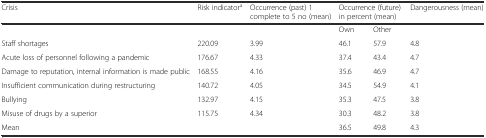
| Crisis | Risk indicatora | Occurrence (past) 1 complete to 5 no (mean) | <COLSPAN=2> Occurrence (future) in percent (mean) | Dangerousness (mean) |
 | --- | --- | --- | --- | --- | --- |
 |  |  |  | Own | Other |  |
 | Staff shortages | 220.09 | 3.99 | 46.1 | 57.9 | 4.8 |
 | Acute loss of personnel following a pandemic | 176.67 | 4.33 | 37.4 | 43.4 | 4.7 |
 | Damage to reputation, internal information is made public | 168.55 | 4.16 | 35.6 | 46.9 | 4.7 |
 | Insufficient communication during restructuring | 140.72 | 4.05 | 34.5 | 54.9 | 4.1 |
 | Bullying | 132.97 | 4.15 | 35.3 | 47.5 | 3.8 |
 | Misuse of drugs by a superior | 115.75 | 4.34 | 30.3 | 48.2 | 3.8 |
 | Mean |  |  | 36.5 | 49.8 | 4.3 |